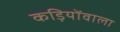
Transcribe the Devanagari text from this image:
कड़ियोंवाला